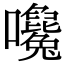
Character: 𡅛